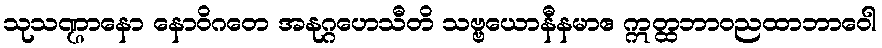
သုသဏ္ဌာနော နောဝိဂတေ အနုဂ္ဂဟေသီတိ သဗ္ဗယောနီနမာဧ ဣတ္ထဘာဝညထာဘာဝေါ